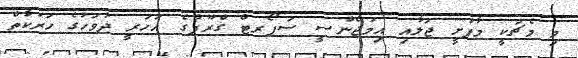
މި މެޗަކީ މާފުށީ ޖަލާއި އިމަޖެންސީ ސަޕޯރޓް ގްރޫޕްގެ އަހަރީ ދުވަހުގެ ހަރަކާތް